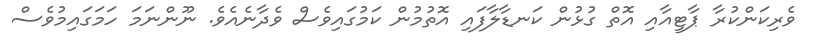
ވެރިކަންކުރާ ޕާޓީއާއި އޮތް ގުޅުން ކަނޑާލާފައި އޮތުމުން ކަމުގައިވެސް ވެދާނެއެވެ. ނޫންނަމަ ހަމަގައިމުވެސް